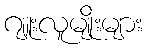
ဂျူးလူမျိုးများ